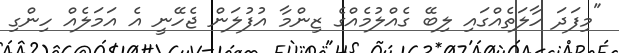
"މިފަދަ ހާލަތެއްގައި ލިބޭ ގެއްލުމެއްގެ ޒިންމާ އުފުލަން ޖެހޭނީ އެ އަމަލެއް ހިންގި